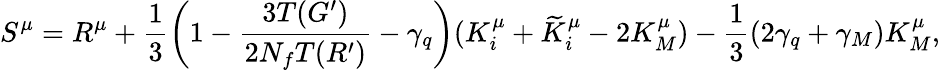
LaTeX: S^{\mu}=R^{\mu}+\frac{1}{3}\left(1-\frac{3T(G^{\prime})}{2N_{f}T(R^{\prime})}-\gamma_{q}\right)(K_{i}^{\mu}+\widetilde{K}_{i}^{\mu}-2K_{M}^{\mu})-\frac{1}{3}(2\gamma_{q}+\gamma_{M})K_{M}^{\mu},